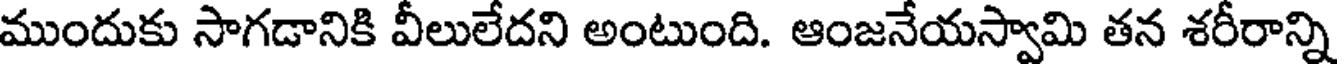
ముందుకు సాగడానికి వీలులేదని అంటుంది. ఆంజనేయస్వామి తన శరీరాన్ని